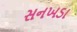
સનખડા